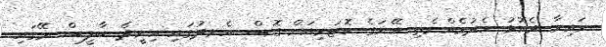
މައިރާ ދެކޮޅު ހެދުމެއްނެތި އޭނަގެ ކޮޓަރިއަށް ގޮސް އެނދުގައި އިށީދެ ބާލީސް މޭގައި